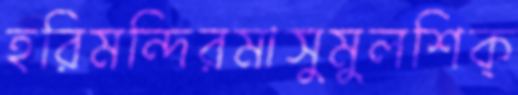
হরিমন্দিরমাসুমুলশিক্